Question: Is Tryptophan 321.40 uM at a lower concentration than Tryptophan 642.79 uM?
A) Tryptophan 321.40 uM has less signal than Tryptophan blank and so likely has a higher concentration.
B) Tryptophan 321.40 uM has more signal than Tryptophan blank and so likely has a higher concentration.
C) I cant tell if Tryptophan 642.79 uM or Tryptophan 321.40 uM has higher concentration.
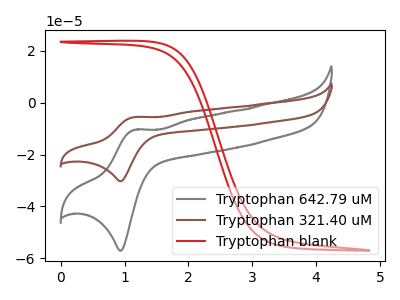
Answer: <think>The gray curve "Tryptophan 642.79 uM" has an anodic peak at (1.15V, -10.45uA) and a cathodic peak at (0.95V, -57.20uA). The brown curve "Tryptophan 321.40 uM" has an anodic peak at (1.15V, -5.55uA) and a cathodic peak at (0.95V, -30.35uA). The red curve "Tryptophan blank" has no peaks.
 All the peaks in "Tryptophan 642.79 uM" have a peak in "Tryptophan 321.40 uM" at the same potential.</think>
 <answer>C) I cant tell if "Tryptophan 642.79 uM" or "Tryptophan 321.40 uM" has higher concentration.</answer>
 <eval>C</eval>